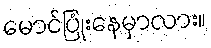
မောင်ပြုံးနေမှာလား။